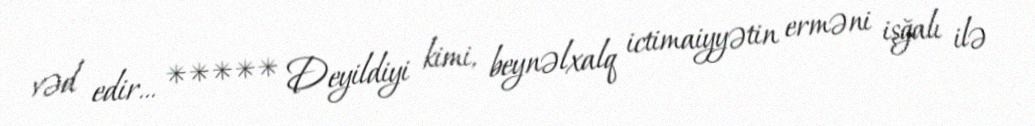
vəd edir... ***** Deyildiyi kimi, beynəlxalq ictimaiyyətin erməni işğalı ilə